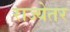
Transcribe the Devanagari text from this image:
राज्येतर